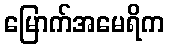
မြောက်အမေရိက